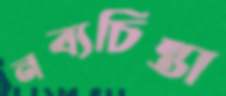
নব্যচিন্তা